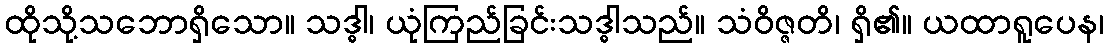
ထိုသို့သဘောရှိသော။ သဒ္ဓါ၊ ယုံကြည်ခြင်းသဒ္ဓါသည်။ သံဝိဇ္ဇတိ၊ ရှိ၏။ ယထာရူပေန၊